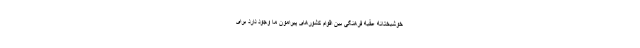
خوشبختانه عقبه فرهنگی بین اقوام کشورهای پیرامون ما وجود دارد برای